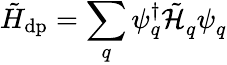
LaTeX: \tilde{H}_{\mathrm{dp}}=\sum_{q}{{\psi}}_{q}^{\dagger}\tilde{\mathcal{H}}_{q}^{\phantom{\dagger}}{{\psi}}_{q}^{\phantom{\dagger}}